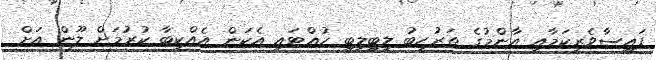
ފައިސާވެރިކަމާއި އާންމުގެ ތަރުހީބު ލިބިލިބި ހުއްޓައި އެކަން އެއްކިބާ ކުރުމަށް ލޫން އަށް